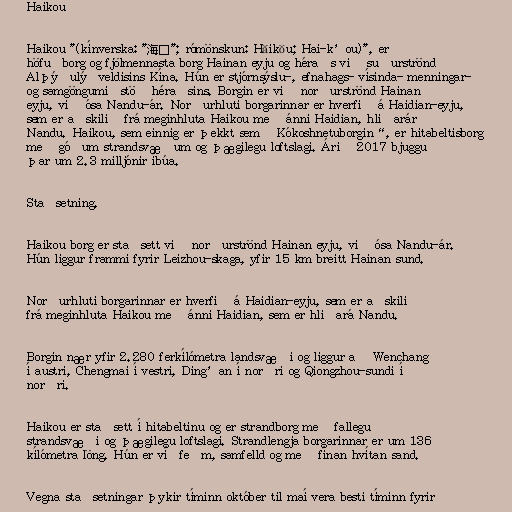
Haikou

Haikou "(kínverska: "海口"; rómönskun: Hǎikǒu; Hai-k’ou)", er
höfuðborg og fjölmennasta borg Hainan eyju og héraðs við suðurströnd
Alþýðulýðveldisins Kína. Hún er stjórnsýslu-, efnahags- vísinda- menningar-
og samgöngumiðstöð héraðsins. Borgin er við norðurströnd Hainan
eyju, við ósa Nandu-ár. Norðurhluti borgarinnar er hverfið á Haidian-eyju,
sem er aðskilið frá meginhluta Haikou með ánni Haidian, hliðarár
Nandu. Haikou, sem einnig er þekkt sem „Kókoshnetuborgin“, er hitabeltisborg
með góðum strandsvæðum og þægilegu loftslagi. Árið 2017 bjuggu
þar um 2.3 milljónir íbúa.

Staðsetning.

Haikou borg er staðsett við norðurströnd Hainan eyju, við ósa Nandu-ár.
Hún liggur frammi fyrir Leizhou-skaga, yfir 15 km breitt Hainan sund.

Norðurhluti borgarinnar er hverfið á Haidian-eyju, sem er aðskilið
frá meginhluta Haikou með ánni Haidian, sem er hliðará Nandu.

Borgin nær yfir 2.280 ferkílómetra landsvæði og liggur að Wenchang
í austri, Chengmai í vestri, Ding’an í norðri og Qiongzhou-sundi í
norðri.

Haikou er staðsett í hitabeltinu og er strandborg með fallegu
strandsvæði og þægilegu loftslagi. Strandlengja borgarinnar er um 136
kílómetra löng. Hún er víðfeðm, samfelld og með fínan hvítan sand.

Vegna staðsetningar þykir tíminn október til maí vera besti tíminn fyrir